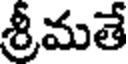
శ్రీమతే